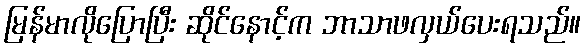
မြန်မာလိုပြောပြီး ဆိုင်နောင့်က ဘာသာဖလှယ်ပေးရသည်။